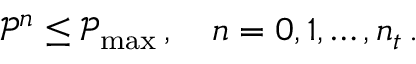
\mathcal P ^ { n } \le \mathcal P _ { \operatorname* { m a x } } \, , \quad n = 0 , 1 , \hdots , n _ { t } \, .